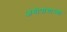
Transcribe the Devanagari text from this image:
अंगोपांगाच्या